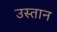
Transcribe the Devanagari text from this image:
उस्तान